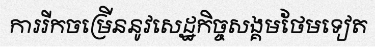
ការរីកចម្រើននូវសេដ្ឋកិច្ចសង្គមថែមទៀត